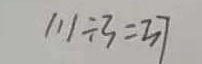
1 1 1 \div 3 = 3 7